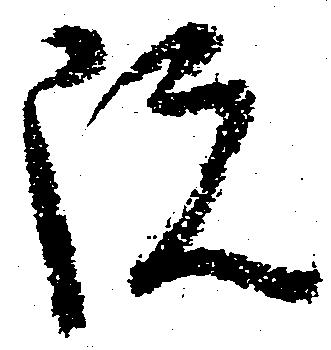
院